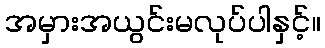
အမှားအယွင်းမလုပ်ပါနှင့်။